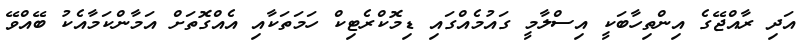
އަދި ރާއްޖޭގެ އިންތިހާބަކީ އިސްލާމީ ގައުމެއްގައި ޑިމޮކްރެޓިކް ހަމަތަކާއި އެއްގޮތަށް އަމާންކަމާއެކު ބޭއްވޭ